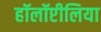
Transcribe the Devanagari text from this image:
हॉलॉप्टीलिया